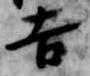
吉